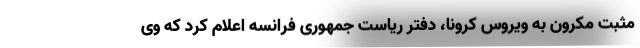
مثبت مکرون به ویروس کرونا، دفتر ریاست جمهوری فرانسه اعلام کرد که وی